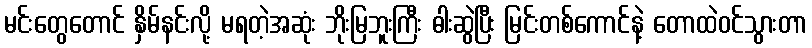
မင်းတွေတောင် နှိမ်နင်းလို့ မရတဲ့အဆုံး ဘိုးမြဘူးကြီး ဓါးဆွဲပြီး မြင်းတစ်ကောင်နဲ့ တောထဲဝင်သွားတာ